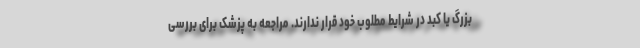
بزرگ یا کبد در شرایط مطلوب خود قرار ندارند. مراجعه به پزشک برای بررسی